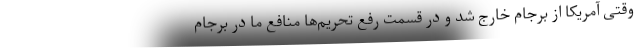
وقتی آمریکا از برجام خارج شد و در قسمت رفع تحریم‌ها منافع ما در برجام